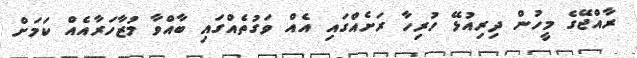
ރާއްޖޭގެ މީހުން ދިރިއުޅޭ ހުރިހާ ރަށެއްގައި އެއް ވަގުތެއްގައި ބާއްވާ މުޒާހަރާއެއް ކަމަށް